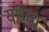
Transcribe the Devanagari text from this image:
यांंच्या